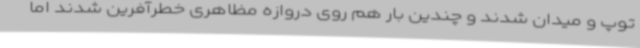
توپ و میدان شدند و چندین بار هم روی دروازه مظاهری خطرآفرین شدند اما